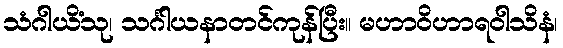
သံဂါယိံသု၊ သင်္ဂါယနာတင်ကုန်ပြီး။ မဟာဝိဟာရဝါသိနံ၊